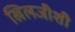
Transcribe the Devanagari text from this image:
खिलजीशी